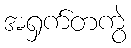
အရှက်တကွဲ